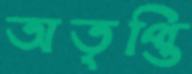
অতৃপ্তি